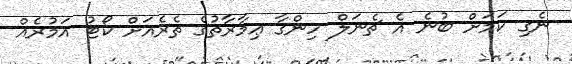
ނެގި ކަމަށް ބުނެ އެ ޗެނަލް ހިންގާ ޢިމާރާތުގެ ތެރެެއަށް ކޯޓު އަމުރެއް